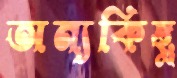
অন্যকিছু